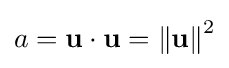
a=\mathbf {u} \cdot \mathbf {u} =\left\Vert \mathbf {u} \right\Vert ^{2}